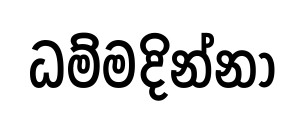
ධම්මදින්නා